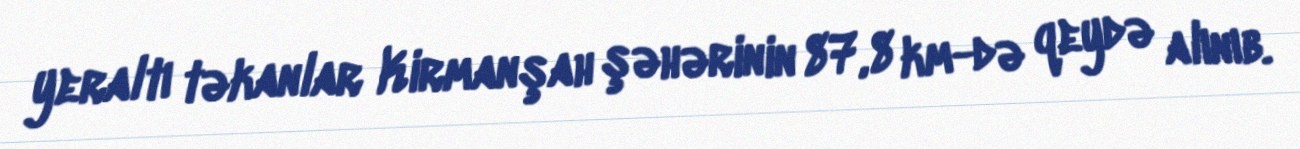
yeraltı təkanlar Kirmanşah şəhərinin 87,8 km-də qeydə alınıb.